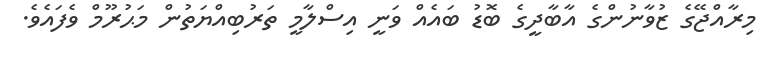
މިރާއްޖޭގެ ޒުވާނުންގެ އާބާދީގެ ބޮޑު ބައެއް ވަނީ އިސްލާމީ ތަރުބިއްޔަތުން މަޙުރޫމް ވެފައެވެ.